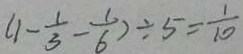
( 1 - \frac { 1 } { 3 } - \frac { 1 } { 6 } ) \div 5 = \frac { 1 } { 1 0 }